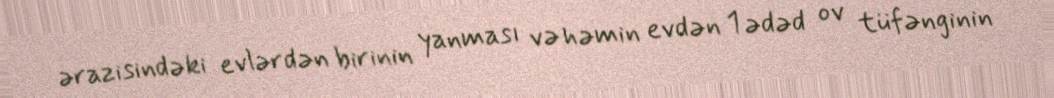
ərazisindəki evlərdən birinin yanması və həmin evdən 1 ədəd ov tüfənginin